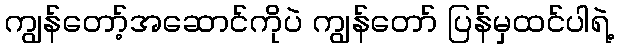
ကျွန်တော့်အဆောင်ကိုပဲ ကျွန်တော် ပြန်မှထင်ပါရဲ့